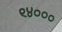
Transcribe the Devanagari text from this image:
९४०००